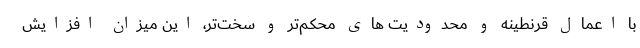
با اعمال قرنطینه و محدودیت های محکم‌تر و سخت‌تر، این میزان افزایش